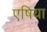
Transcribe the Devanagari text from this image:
एषिया